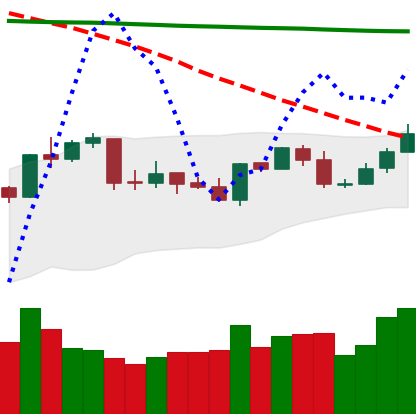
Ticker: NEO-USD
Chart end date: 2020-04-24
Forward return: 13.892%
Label: up_7plus